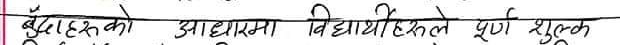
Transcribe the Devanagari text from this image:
बुँदाहरूको आधारमा विद्यार्थीहरूले पूर्ण शुल्क